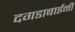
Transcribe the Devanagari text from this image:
दगडाबाईनी